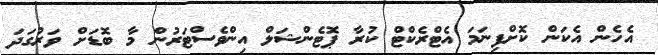
އެހެން އެކަން ކޮށްފިނަމަ އެޓްރެކްޓް ކުރާ ޕޮޓެންޝަލް އިންވެސްޓަރުން މާ ބޮޑަށް ވަރުގަދަ